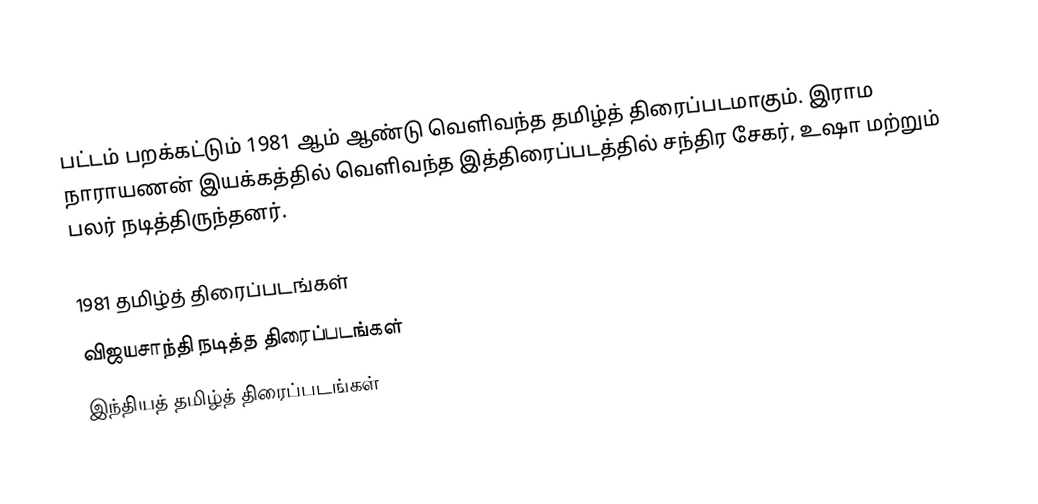
பட்டம் பறக்கட்டும் 1981 ஆம் ஆண்டு வெளிவந்த தமிழ்த் திரைப்படமாகும். இராம நாராயணன் இயக்கத்தில் வெளிவந்த இத்திரைப்படத்தில் சந்திர சேகர், உஷா மற்றும் பலர் நடித்திருந்தனர்.

1981 தமிழ்த் திரைப்படங்கள்
விஜயசாந்தி நடித்த திரைப்படங்கள்
இந்தியத் தமிழ்த் திரைப்படங்கள்